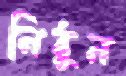
নিঠুন